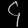
Digit: ၄